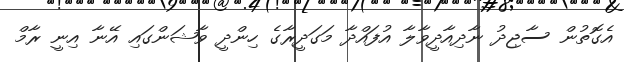
އެގޮތުން ސާޖިދު ނާދިއާދީވާލާ އުފައްދާ މަގަދީރާގެ ހިންދީ ވާޝަންގައި އޭނާ އިނީ ރާމް